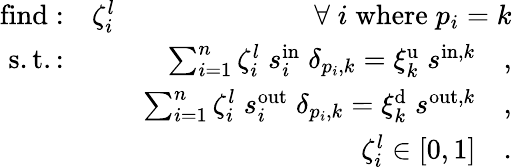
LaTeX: \begin{array}{rlr}{\mathrm{find:}}&{\zeta_{i}^{l}}&{\forall\; i\; \mathrm{where}\; p_{i}=k}\\ {\mathrm{s.t.:}}&{}&{\sum_{i=1}^{n}\zeta_{i}^{l}\; s_{i}^{\mathrm{in}}\; \delta_{p_{i},k}=\xi_{k}^{\mathrm{u}}\; s^{\mathrm{in},k}\quad,}\\ &{}&{\sum_{i=1}^{n}\zeta_{i}^{l}\; s_{i}^{\mathrm{out}}\; \delta_{p_{i},k}=\xi_{k}^{\mathrm{d}}\; s^{\mathrm{out},k}\quad,}\\ &{}&{\zeta_{i}^{l}\in[0,1]\quad.}\end{array}